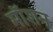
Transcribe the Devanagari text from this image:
माॅशन